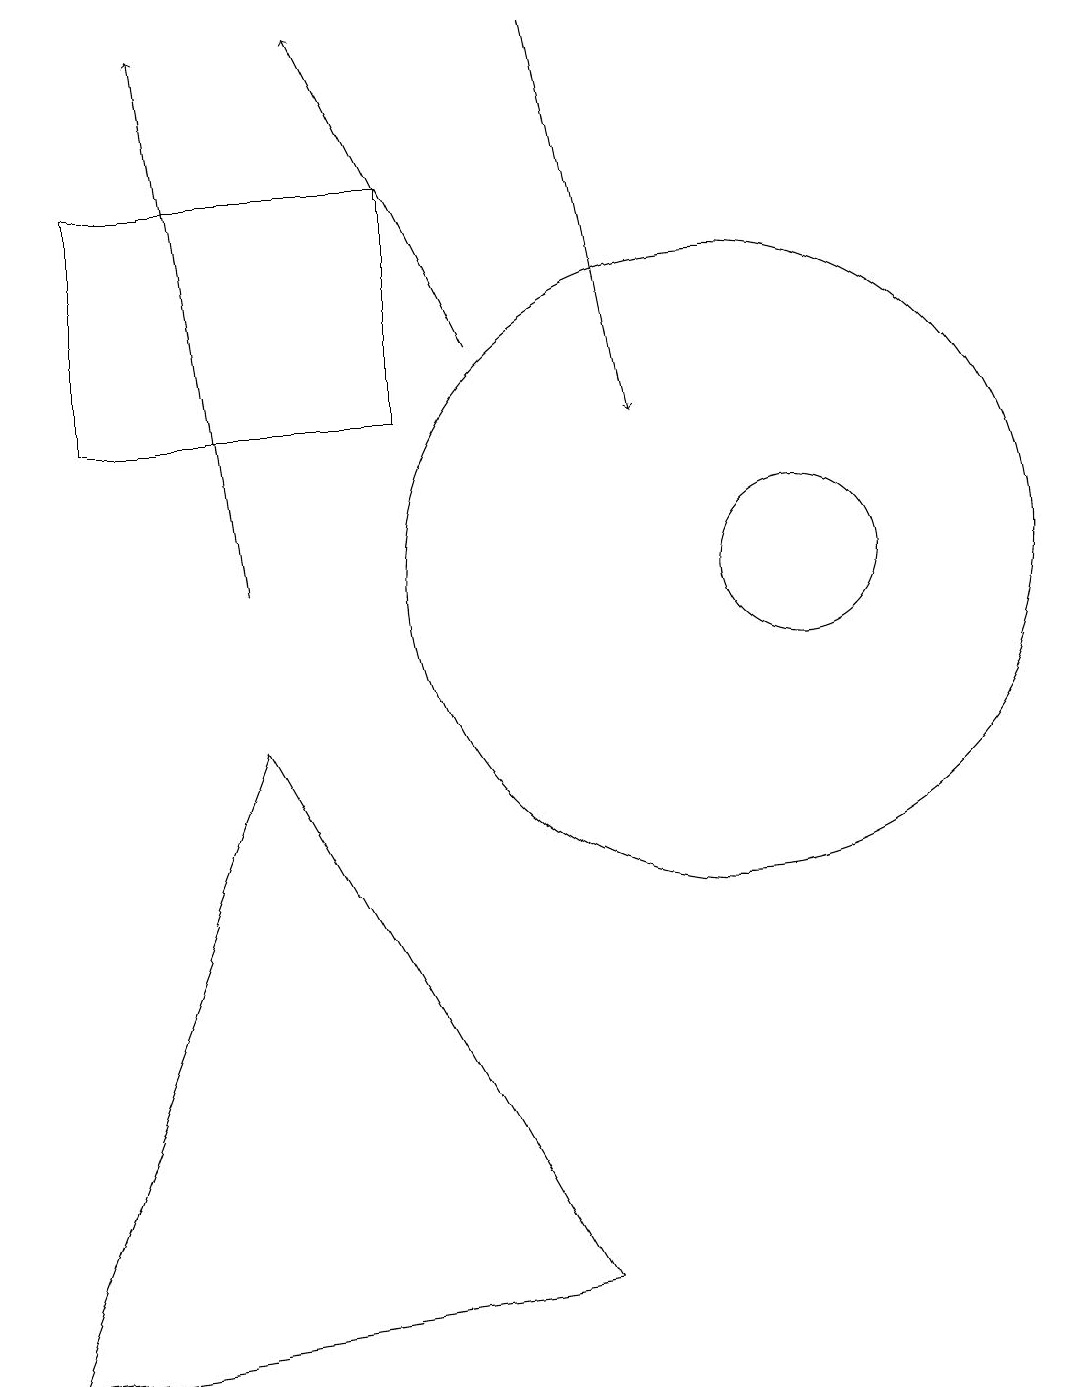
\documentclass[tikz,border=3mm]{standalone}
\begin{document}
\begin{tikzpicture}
\draw (10,10) circle (4);
\draw (8,1) -- (1,0) -- (4,8) -- cycle;
\draw[->] (4,10) -- (3,17);
\draw (11,10) circle (1);
\draw[->] (7,13) -- (5,17);
\draw (6,12) rectangle (2,15);
\draw[->] (8,17) -- (9,12);
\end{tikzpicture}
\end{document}